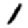
Digit: 1